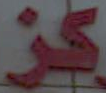
كز